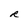
Character: R